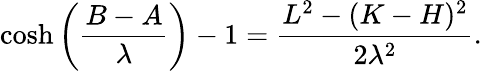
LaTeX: \cosh\left(\frac{B-A}{\lambda}\right)-1=\frac{L^{2}-(K-H)^{2}}{2\lambda^{2}}.